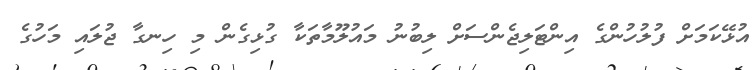
އުޅޭކަމަށް ފުލުހުންގެ އިންޓަލިޖެންސަށް ލިބުނު މައުލޫމާތަކާ ގުޅިގެން މި ހިނގާ ޖުލައި މަހުގެ